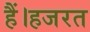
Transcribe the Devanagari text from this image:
हैं।हजरत